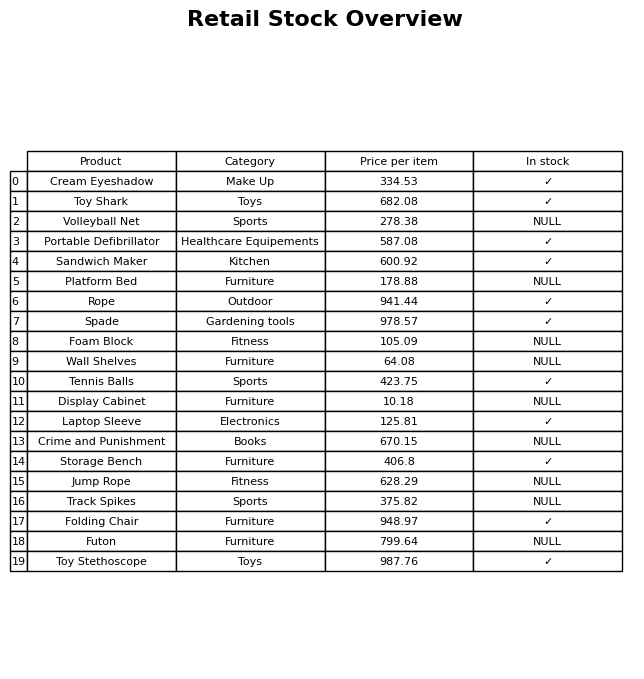
question: What is the price for Jump Rope?
answer: The price of Jump Rope is 628.29.